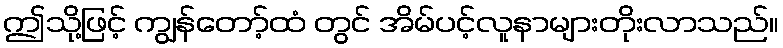
ဤသို့ဖြင့် ကျွန်တော့်ထံ တွင် အိမ်ပင့်လူနာများတိုးလာသည်။